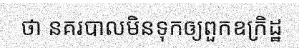
ថា នគរបាលមិនទុកឲ្យពួកឧក្រិដ្ឋ